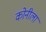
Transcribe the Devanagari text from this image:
कोनीला